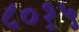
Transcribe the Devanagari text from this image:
८०१५